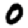
Digit: 0